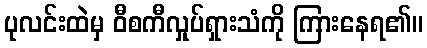
ပုလင်းထဲမှ ဝီစကီလှုပ်ရှားသံကို ကြားနေရ၏။